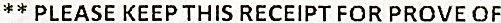
** PLEASE KEEP THIS RECEIPT FOR PROVE OF